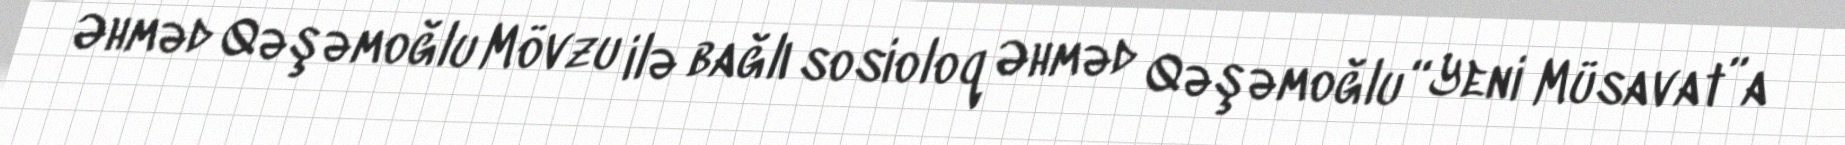
Əhməd Qəşəmoğlu Mövzu ilə bağlı sosioloq Əhməd Qəşəmoğlu “Yeni Müsavat”a